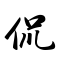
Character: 侃